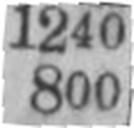
800